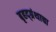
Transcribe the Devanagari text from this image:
बृहद्‌ग्रंथाचा